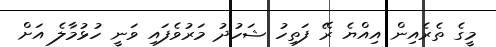
މީގެ ތެރެއިން އިއްޔެ ރޭ ފަތިހު ޝަހުދު މަރުވެފައި ވަނީ ހުޅުމާލެ އަށް